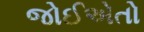
જોઈએતો